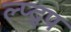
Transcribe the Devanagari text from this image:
ल्प्द्प